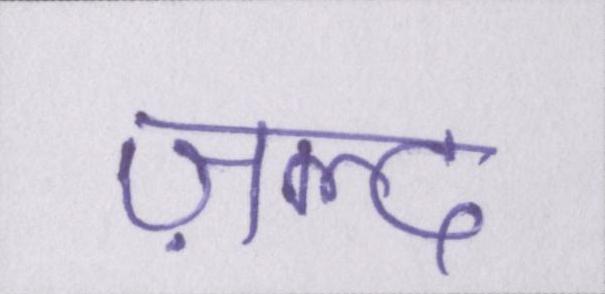
ज़ल्द